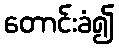
တောင်းခံ၍